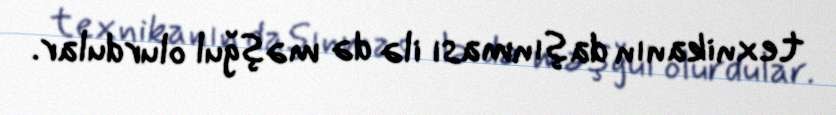
texnikanın daşınması ilə də məşğul olurdular.